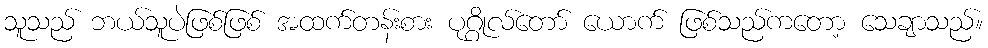
သူသည် ဘယ်သူပဲဖြစ်ဖြစ် အထက်တန်းစား ပုဂ္ဂိုလ်တော် ယောက် ဖြစ်သည်ကတော့ သေချာသည်။